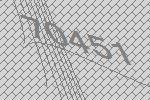
70451